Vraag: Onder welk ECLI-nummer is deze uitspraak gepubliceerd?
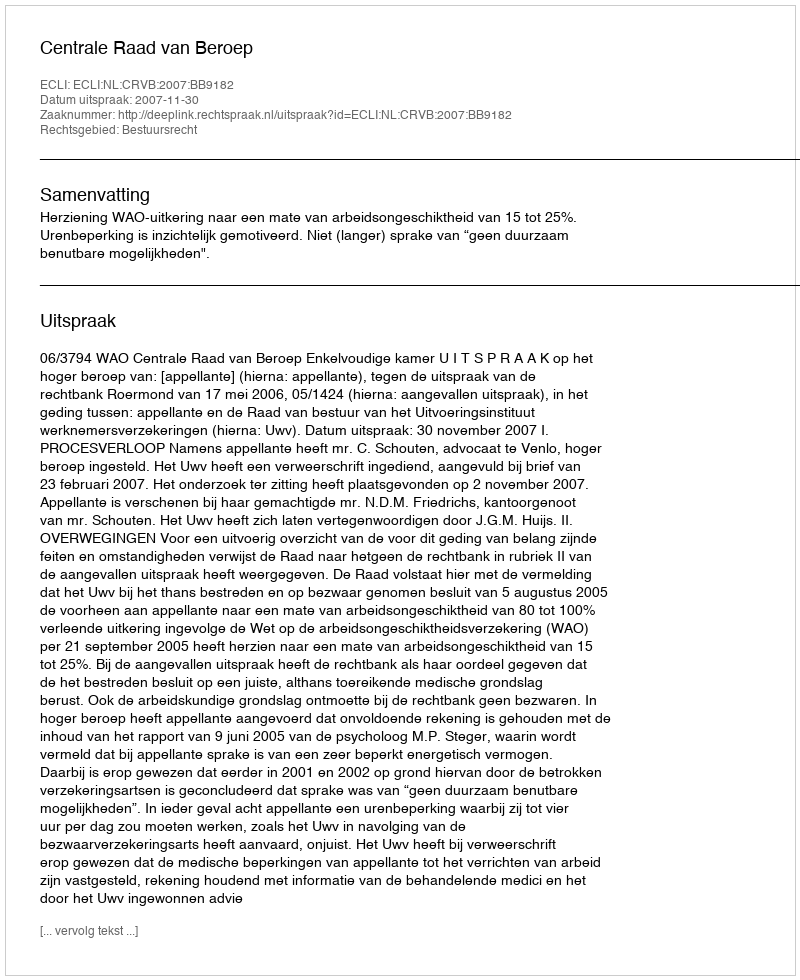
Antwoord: ECLI:NL:CRVB:2007:BB9182